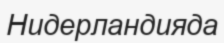
Нидерландияда